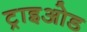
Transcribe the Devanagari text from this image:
ट्राइओड